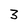
Character: 3